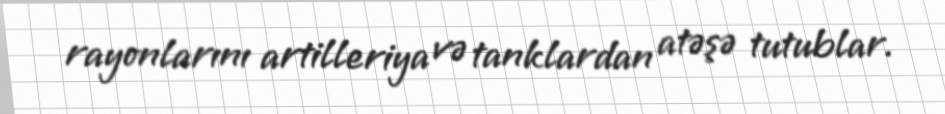
rayonlarını artilleriya və tanklardan atəşə tutublar.